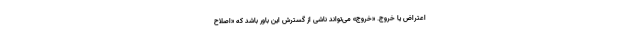
اعتراض یا خروج. «خروج» می‌تواند ناشی از گسترش این باور باشد که «اصلاح